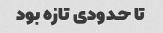
تا حدودی تازه بود